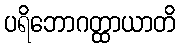
ပရိဘောဂတ္ထာယာတိ